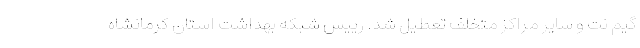
گیم نت و سایر مراکز متخلف تعطیل شد. رییس شبکه بهداشت استان کرمانشاه